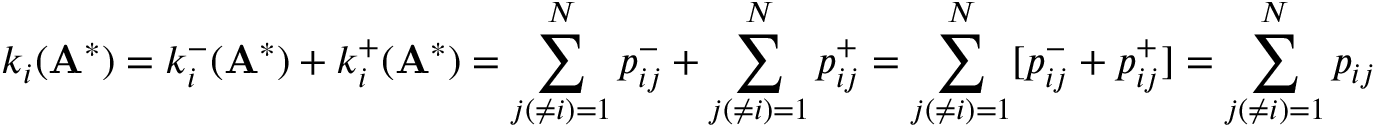
k _ { i } ( \mathbf { A } ^ { * } ) = k _ { i } ^ { - } ( \mathbf { A } ^ { * } ) + k _ { i } ^ { + } ( \mathbf { A } ^ { * } ) = \sum _ { j ( \neq i ) = 1 } ^ { N } p _ { i j } ^ { - } + \sum _ { j ( \neq i ) = 1 } ^ { N } p _ { i j } ^ { + } = \sum _ { j ( \neq i ) = 1 } ^ { N } [ p _ { i j } ^ { - } + p _ { i j } ^ { + } ] = \sum _ { j ( \neq i ) = 1 } ^ { N } p _ { i j }